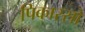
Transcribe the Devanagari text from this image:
पिकास्सो